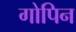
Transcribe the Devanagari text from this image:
गोपिन